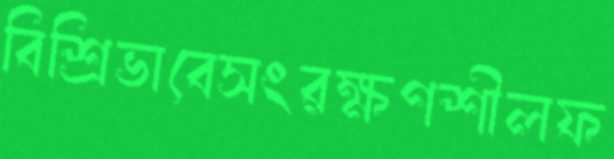
বিশ্রিভাবেসংরক্ষণশীলফ